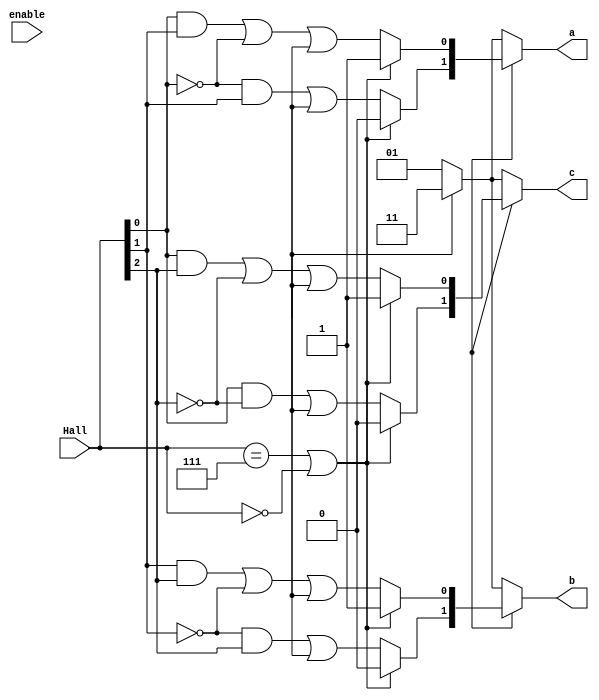
module dribbler(enable ,Hall, a ,b ,c );
input [2:0]Hall;
input enable;
reg dir = 1;
output [1:0]a;
output [1:0]b;
output [1:0]c;

reg [1:0]k;
reg [1:0]l;
reg [1:0]m;


wire H1 = Hall[0];
wire H2 = Hall[1];
wire H3 = Hall[2];

always@(Hall or enable) 
begin
if(pwm) 
	begin
	if(Hall==7||Hall==0)
		begin
		k=2'b01;
		l=2'b01;
		m=2'b01;
		end
	else 
		begin
		k[0]=(((~dir&~H2)|(H1&H2)|(dir&~H1))|brake);
		k[1]=(((~dir&H1&~H2)|(dir&~H1&H2))|brake);
		l[0]=(((~dir&~H3)|(H2&H3)|(dir&~H2))|brake);
		l[1]=(((~dir&H2&~H3)|(dir&~H2&H3))|brake);
		m[0]=(((~dir&~H1)|(H1&H3)|(dir&~H3))|brake);
		m[1]=(((~dir&~H1&H3)|(dir&H1&~H3))|brake);
		end
	end
else 
	begin
		if(brake==1) 
			begin
			k=2'b11;
			l=2'b11;
			m=2'b11;
			end
		else
			begin
			k=2'b01;
			l=2'b01;
			m=2'b01;
			end
	end
end
assign a=k;
assign b=l;
assign c=m;



endmodule